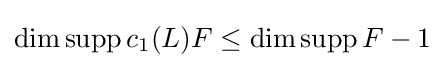
\dim \operatorname {supp} c_{1}(L)F\leq \dim \operatorname {supp} F-1